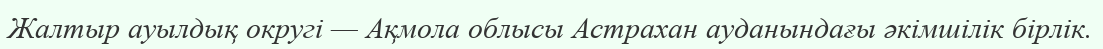
Жалтыр ауылдық округі — Ақмола облысы Астрахан ауданындағы әкімшілік бірлік.